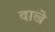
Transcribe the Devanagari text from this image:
वाल्रे